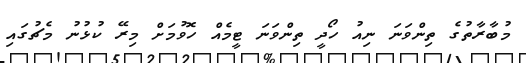
މުބާރާތުގެ ތިންވަނަ ނިއު ހޯދީ ތިންވަނަ ޓީމެއް ހޮވުމަށް މިރޭ ކުޅުނު މެޗުގައި